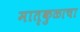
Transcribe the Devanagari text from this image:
मातृकुळाचा